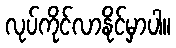
လုပ်ကိုင်လာနိုင်မှာပါ။